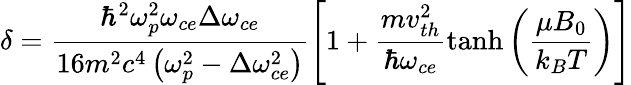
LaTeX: \delta=\frac{\hbar^{2}\omega_{p}^{2}\omega_{ce}\Delta\omega_{ce}}{16m^{2}c^{4}\left(\omega_{p}^{2}-\Delta\omega_{ce}^{2}\right)}\left[1+\frac{mv_{th}^{2}}{\hbar\omega_{ce}}\operatorname{tanh}\left(\frac{\mu B_{0}}{k_{B}T}\right)\right]